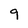
Character: 9